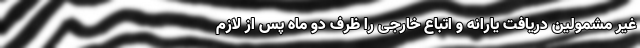
غیر مشمولین دریافت یارانه و اتباع خارجی را ظرف دو ماه پس از لازم‌